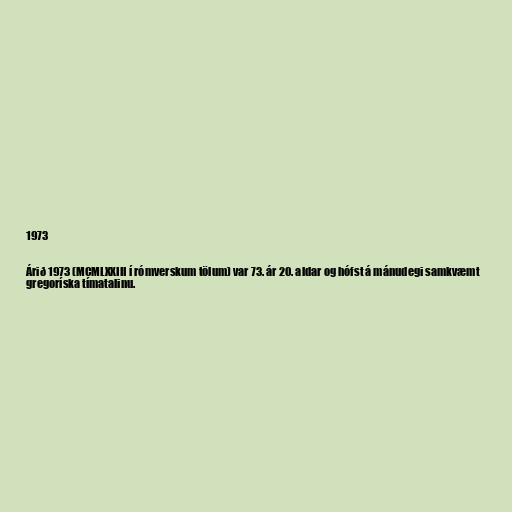
1973

Árið 1973 (MCMLXXIII í rómverskum tölum) var 73. ár 20. aldar og hófst á mánudegi samkvæmt
gregoríska tímatalinu.